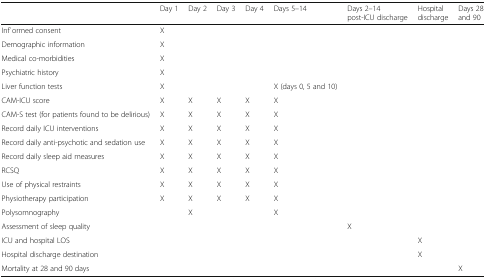
<table><thead><tr><td></td><td><b>Day 1</b></td><td><b>Day 2</b></td><td><b>Day 3</b></td><td><b>Day 4</b></td><td><b>Days 5–14</b></td><td><b>Days 2–14 post-ICU discharge</b></td><td><b>Hospital discharge</b></td><td><b>Days 28 and 90</b></td></tr></thead><tbody><tr><td>Inf`ormed consent</td><td>X</td><td></td><td></td><td></td><td></td><td></td><td></td><td></td></tr><tr><td>Demographic information</td><td>X</td><td></td><td></td><td></td><td></td><td></td><td></td><td></td></tr><tr><td>Medical co-morbidities</td><td>X</td><td></td><td></td><td></td><td></td><td></td><td></td><td></td></tr><tr><td>Psychiatric history</td><td>X</td><td></td><td></td><td></td><td></td><td></td><td></td><td></td></tr><tr><td>Liver function tests</td><td>X</td><td></td><td></td><td></td><td>X (days 0, 5 and 10)</td><td></td><td></td><td></td></tr><tr><td>CAM-ICU score</td><td>X</td><td>X</td><td>X</td><td>X</td><td>X</td><td></td><td></td><td></td></tr><tr><td>CAM-S test (for patients found to be delirious)</td><td>X</td><td>X</td><td>X</td><td>X</td><td>X</td><td></td><td></td><td></td></tr><tr><td>Record daily ICU interventions</td><td>X</td><td>X</td><td>X</td><td>X</td><td>X</td><td></td><td></td><td></td></tr><tr><td>Record daily anti-psychotic and sedation use</td><td>X</td><td>X</td><td>X</td><td>X</td><td>X</td><td></td><td></td><td></td></tr><tr><td>Record daily sleep aid measures</td><td>X</td><td>X</td><td>X</td><td>X</td><td>X</td><td></td><td></td><td></td></tr><tr><td>RCSQ</td><td>X</td><td>X</td><td>X</td><td>X</td><td>X</td><td></td><td></td><td></td></tr><tr><td>Use of physical restraints</td><td>X</td><td>X</td><td>X</td><td>X</td><td>X</td><td></td><td></td><td></td></tr><tr><td>Physiotherapy participation</td><td>X</td><td>X</td><td>X</td><td>X</td><td>X</td><td></td><td></td><td></td></tr><tr><td>Polysomnography</td><td></td><td>X</td><td></td><td></td><td>X</td><td></td><td></td><td></td></tr><tr><td>Assessment of sleep quality</td><td></td><td></td><td></td><td></td><td></td><td>X</td><td></td><td></td></tr><tr><td>ICU and hospital LOS</td><td></td><td></td><td></td><td></td><td></td><td></td><td>X</td><td></td></tr><tr><td>Hospital discharge destination</td><td></td><td></td><td></td><td></td><td></td><td></td><td>X</td><td></td></tr><tr><td>Mortality at 28 and 90 days</td><td></td><td></td><td></td><td></td><td></td><td></td><td></td><td>X</td></tr></tbody></table>